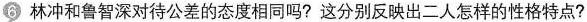
6 林冲和鲁智深对待公差的态度相同吗？这分别反映出二人怎样的性格特点？